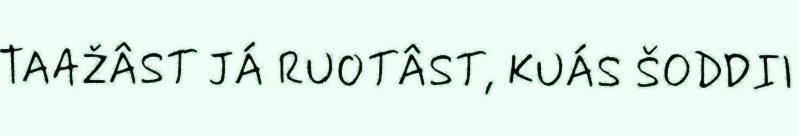
TAAŽÂST JÁ RUOTÂST, KUÁS ŠODDII